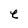
Character: e